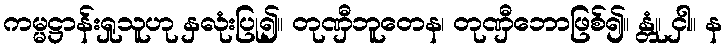
ကမ္မဋ္ဌာန်းရှုသူဟု နှလုံးပြု၍။ တုဏှီဘူတေန၊ တုဏှီဘောဖြစ်၍။ န္တုံ၊ ငှါ။ န